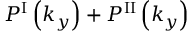
P ^ { \mathrm { I } } \left( k _ { y } \right) + P ^ { \mathrm { I I } } \left( k _ { y } \right)